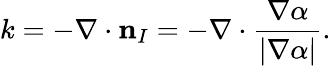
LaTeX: k=-\nabla\cdot\textbf{n}_{I}=-\nabla\cdot\frac{\nabla\alpha}{|\nabla\alpha|}.